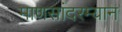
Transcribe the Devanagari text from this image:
माणसांदरम्यान